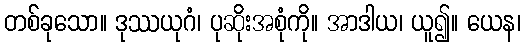
တစ်ခုသော။ ဒုဿယုဂံ၊ ပုဆိုးအစုံကို။ အာဒါယ၊ ယူ၍။ ယေန၊